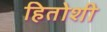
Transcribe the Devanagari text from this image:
हितोशी